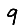
Digit: 9